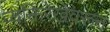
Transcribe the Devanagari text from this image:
व्यक्तिरेखेवरून